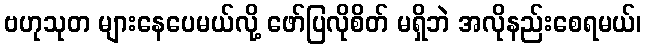
ဗဟုသုတ များနေပေမယ်လို့ ဖော်ပြလိုစိတ် မရှိဘဲ အလိုနည်းစေရမယ်၊